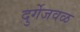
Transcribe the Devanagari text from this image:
दुर्गेजवळ